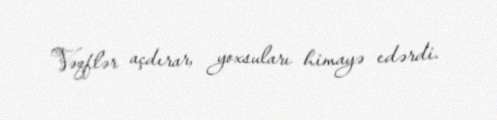
Vəqflər açdırar, yoxsuları himayə edərdi.